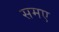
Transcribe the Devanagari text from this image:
समए